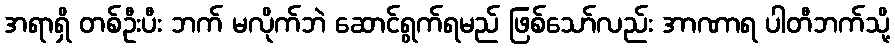
အရာရှိ တစ်ဦးပီး ဘက် မလိုက်ဘဲ ဆောင်ရွက်ရမည် ဖြစ်သော်လည်း အာဏာရ ပါတီဘက်သို့